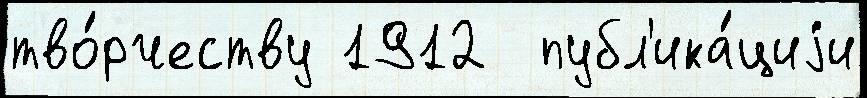
тво́рчеству 1912  публ'ика́циjи